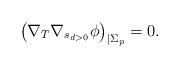
LaTeX: \begin{align*}\left( \nabla_T \nabla_{s_{d>0}} \phi \right)_{|\Sigma_p} = 0. \end{align*}